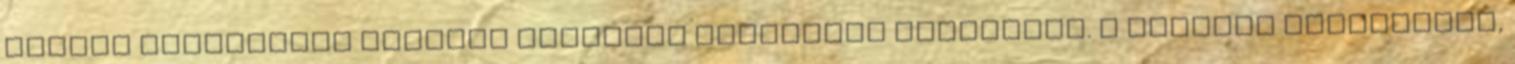
teljes földalatti létszám egyidejű riasztása érdekében. A riasztó folyadékot,